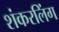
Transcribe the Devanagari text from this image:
शंकरलिंग